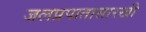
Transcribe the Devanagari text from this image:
जलप्रपातासारखी